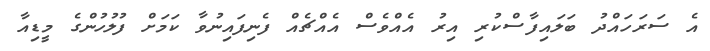
އެ ސަރަހައްދު ބަލައިފާސްކުރި އިރު އެއްވެސް އެއްޗެއް ފެނިފައިނުވާ ކަމަށް ފުލުހުންގެ މީޑިއާ